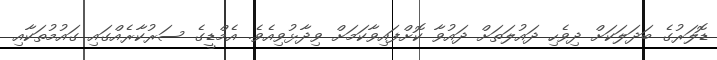
ޑޮލަރުގެ ބަދަލަކަށް ދިވެހި ދައުލަތަށް ދައުވާ ކޮށްފައިވާކަމަށް ވިދާޅުވިއެވެ. އެމްޑީގެ ސަރުކާރެއްގައި ގައުމުތަކާއި